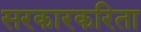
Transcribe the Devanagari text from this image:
सरकारकरिता